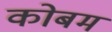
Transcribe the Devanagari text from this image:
कोबम